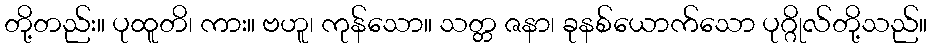
တို့တည်း။ ပုထူတိ၊ ကား။ ဗဟူ၊ ကုန်သော။ သတ္တ ဇနာ၊ ခုနစ်ယောက်သော ပုဂ္ဂိုလ်တို့သည်။